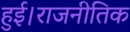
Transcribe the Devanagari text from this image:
हुई।राजनीतिक